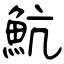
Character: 魧